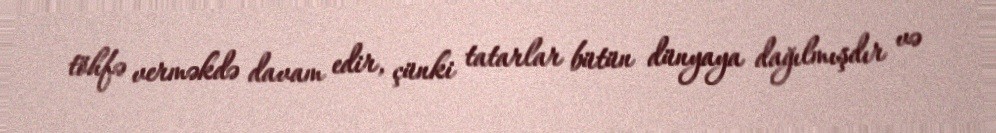
töhfə verməkdə davam edir, çünki tatarlar bütün dünyaya dağılmışdır və